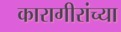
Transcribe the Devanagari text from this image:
कारागीरांच्या